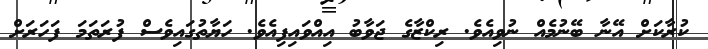
ކުރާކަށް އޭނާ ބޭނުމެއް ނުވިއެވެ. ރިކްޒާގެ ޖަވާބު އިއްވައިފިއެވެ. ހަޔާތުގައިވެސް ފުރަތަމަ ފަހަރަށް